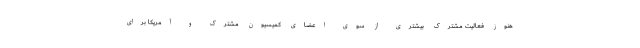
هنوز فعالیت مشترک بیشتری از سوی اعضای کمیسیون مشترک و آمریکا برای